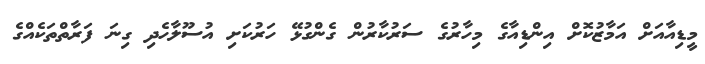
މީޑިއާއަށް އަމާޒުކޮށް އިންޑިއާގެ މިހާރުގެ ސަރުކާރުން ގެންގުޅޭ ހަރުކަށި އުސޫލާހެދި ގިނަ ފަރާތްތަކެއްގެ